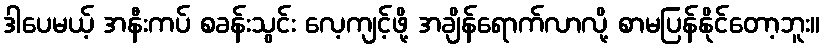
ဒါပေမယ့် အနီးကပ် စခန်းသွင်း လေ့ကျင့်ဖို့ အချိန်ရောက်လာလို့ စာမပြန်နိုင်တော့ဘူး။